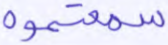
سمعتموه